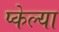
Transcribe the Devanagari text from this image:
प्केल्या